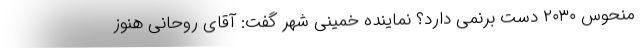
منحوس ۲۰۳۰ دست برنمی دارد؟ نماینده خمینی شهر گفت: آقای روحانی هنوز